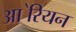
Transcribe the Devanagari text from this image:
आ॓रियन